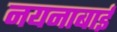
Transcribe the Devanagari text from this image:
नयनाबाई